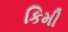
કિમી